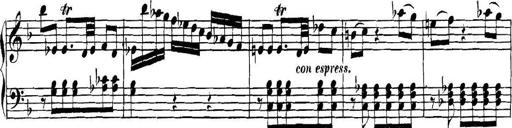
Title: Collected Piano Sonatas
Composer: Muzio Clementi